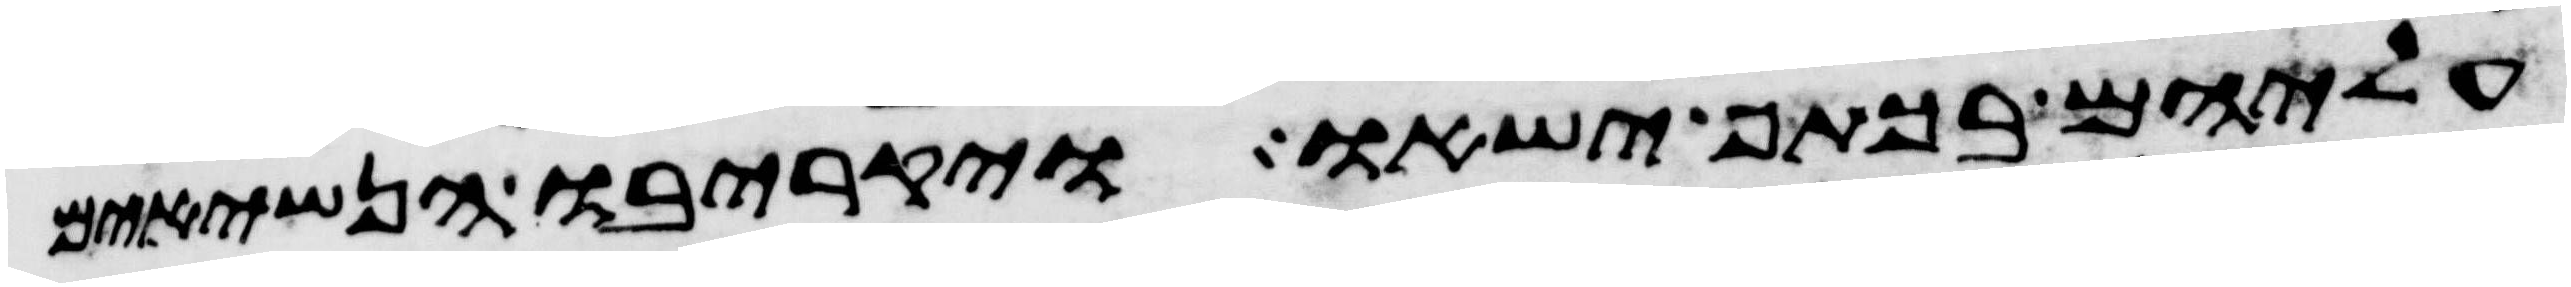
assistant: עליהם בכתף ישאו ויקריבו הנשיאים